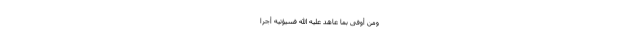
وَمَنْ أَوْفَى بِمَا عَاهَدَ عَلَيْهُ اللَّهَ فَسَيُؤْتِيهِ أَجْرًا